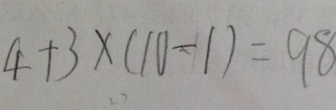
4 + 3 \times ( 1 0 - 1 ) = 9 8